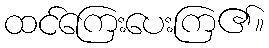
ထင်ကြေးပေးကြ၏။